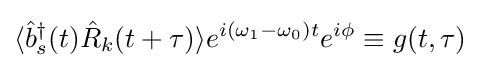
\langle {\hat {b}}_{s}^{\dagger }(t){\hat {R}}_{k}(t+\tau )\rangle e^{i(\omega _{1}-\omega _{0})t}e^{i\phi }\equiv g(t,\tau )